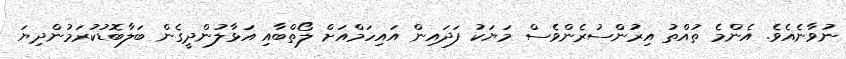
ނުވާނެއެވެ. އެންމެ ތުއްތު އިރުންސުރެންވެސް މަޔަކު ފަދައިން އައިހަމްއަށް ލޯތްބާއި އަޅާލުންދީގެން ބަލާބޮޑުކުރަމުންދިޔަ